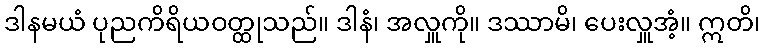
ဒါနမယံ ပုညကိရိယဝတ္ထုသည်။ ဒါနံ၊ အလှူကို။ ဒဿာမိ၊ ပေးလှူအံ့။ ဣတိ၊